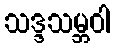
သဒ္ဒသမ္ဘဝါ